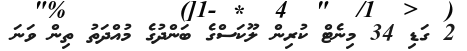
2 ގަޑި 34 މިނެޓް ކުރިން ލޫކަސްގެ ބަންދުގެ މުއްދަތު ތިން ވަނަ